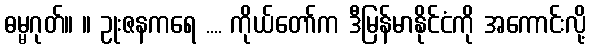
ဓမ္မဂုတ်။ ။ ဥုးဇနကရေ .... ကိုယ်တော်က ဒီမြန်မာနိုင်ငံကို အကောင်းလို့